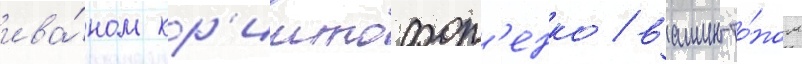
ива́ном кр'иштофор'енко / вашингто́ном